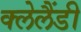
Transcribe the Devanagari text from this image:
क्लेलैंडी